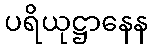
ပရိယုဋ္ဌာနေန